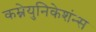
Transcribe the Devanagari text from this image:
कम्नेयुनिकेशंन्स